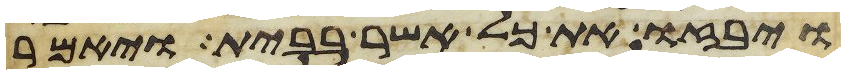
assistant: ויבזו את כל אשר בבית ויאמר